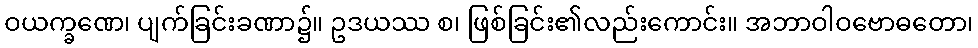
ဝယက္ခဏေ၊ ပျက်ခြင်းခဏာ၌။ ဥဒယဿ စ၊ ဖြစ်ခြင်း၏လည်းကောင်း။ အဘာဝါဝဗောဓတော၊